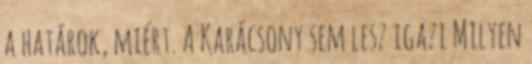
a határok, miért. A Karácsony sem lesz igazi Milyen